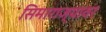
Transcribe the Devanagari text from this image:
सिमाराज्यावर